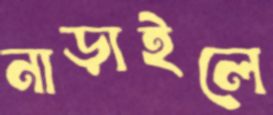
নাড়াইলে